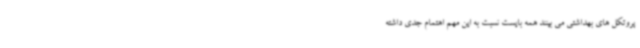
پروتکل های بهداشتی می بینند همه بایست نسبت به این مهم اهتمام جدی داشته